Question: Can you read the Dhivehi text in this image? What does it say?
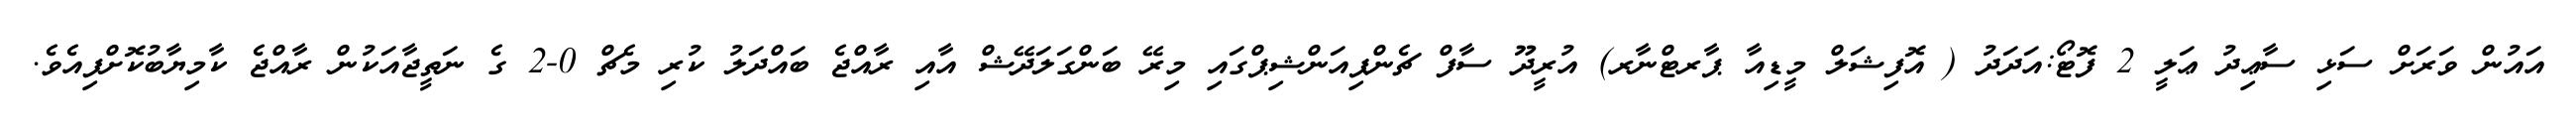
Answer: އައުން ވަރަށް ސަޅި ސާޢިދު ޢަލީ 2 ފޮޓޯ:އަދަދު ( އޮފިޝަލް މީޑިއާ ޕާރޓްނާރ) އުރީދޫ ސާފް ޗެންޕިއަންޝިޕްގައި މިރޭ ބަންގަލަދޭޝް އާއި ރާއްޖެ ބައްދަލު ކުރި މެޗް 0-2 ގެ ނަތީޖާއަކުން ރާއްޖެ ކާމިޔާބުކޮށްފިއެވެ.